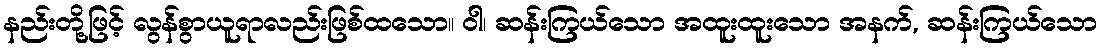
နည်းတို့ဖြင့် လွန်စွာယူရာလည်းဖြစ်ထသော။ ဝါ၊ ဆန်းကြယ်သော အထူးထူးသော အနက်, ဆန်းကြယ်သော